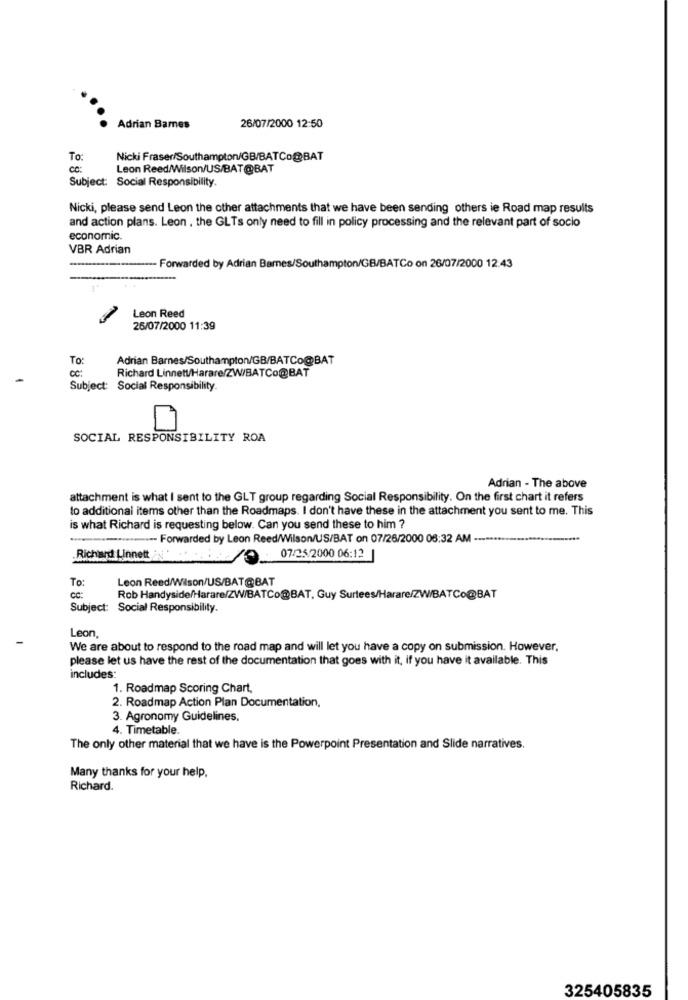
Adrian Bames
26/07/2000 12:50
To:
Nicki Fraser/Southampton/GB/BATCo@BAT
ce:
Leon Reed/Wilson/US/BAT@BAT
Subject: Social Responsibility.
Nicki, please send Leon the other attachments that we have been sending others ie Road map results
and action plans. Leon , the GLTs only need to fill in policy processing and the relevant part of socio
economic.
VBR Adrian
Forwarded by Adrian Barnes/Southampton/GB/BATCo on 26/07/2000 12:43
Leon Reed
26/07/2000 11:39
To:
Adrian Barnes/Southampton/GB/BATCo@BAT
Richard Linnett/Harare/ZW/BATCo@BAT
Subject: Social Responsibility.
SOCIAL RESPONSIBILITY ROA
Adrian - The above
attachment is what I sent to the GLT group regarding Social Responsibility. On the first chart it refers
to additional items other than the Roadmaps. I don't have these in the attachment you sent to me. This
is what Richard is requesting below. Can you send these to him ?
----- Forwarded by Leon Reed/Wilson/US/BAT on 07/26/2000 08:32 AM --
.Richard Linnett
07/25/2000 06:12 |
To:
Leon Reed/Wilson/US/BAT@BAT
cc:
Rob Handyside/Harare/ZW/BATCo@BAT, Guy Surtees/Harare/ZW/BATCo@BAT
Subject: Social Responsibility.
Leon
We are about to respond to the road map and will let you have a copy on submission. However.
please let us have the rest of the documentation that goes with it, if you have it available. This
includes:
1. Roadmap Scoring Chart,
2. Roadmap Action Plan Documentation,
3. Agronomy Guidelines.
4. Timetable.
The only other material that we have is the Powerpoint Presentation and Slide narratives.
Many thanks for your help,
Richard.
325405835